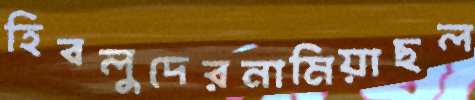
হিবলুদেরনামিয়াছল